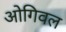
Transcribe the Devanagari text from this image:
ओगिवल